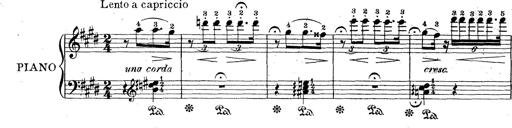
Title: Le rossignol
Composer: Franz Liszt